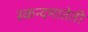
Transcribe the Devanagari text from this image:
स्कन्दमातेती